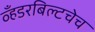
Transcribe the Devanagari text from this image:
व्हँडरबिल्टचेच